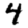
Digit: 4